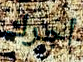
أجرك